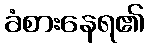
ခံစားနေရ၏